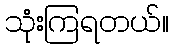
သုံးကြရတယ်။